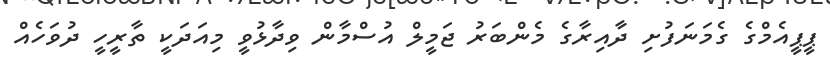
ޕީޕީއެމްގެ ގެމަނަފުށި ދާއިރާގެ މެންބަރު ޖަމީލް އުސްމާން ވިދާޅުވީ މިއަދަކީ ތާރީހީ ދުވަހެއް